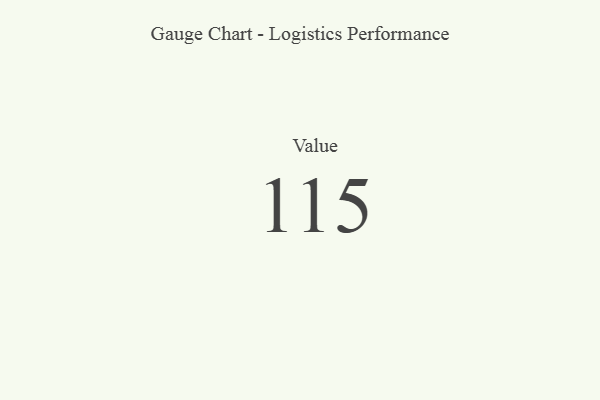
{"axis": {"x": "Metric", "y": "Value"}, "legend": [""], "data": [{"x": "Value", "y": 115, "type": ""}]}